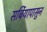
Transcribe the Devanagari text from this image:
सर्बियापासुन